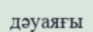
дәуаяғы